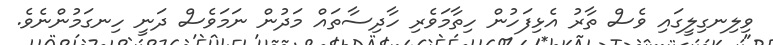
ވިލިނގިލީގައި ވެސް ތާރު އެޅިފަހުން ހިތާމަވެރި ހާދިސާތައް މަދުން ނަމަވެސް ދަނީ ހިނގަމުންނެވެ.